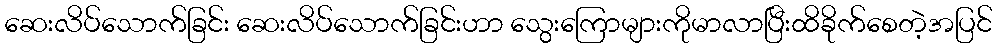
ဆေးလိပ်သောက်ခြင်း ဆေးလိပ်သောက်ခြင်းဟာ သွေးကြောများကိုမာလာပြီးထိခိုက်စေတဲ့အပြင်